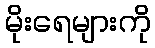
မိုးရေများကို